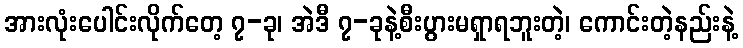
အားလုံးပေါင်းလိုက်တေ့ ၇-ခု၊ အဲဒီ ၇-ခုနဲ့စီးပွားမရှာရဘူးတဲ့၊ ကောင်းတဲ့နည်းနဲ့